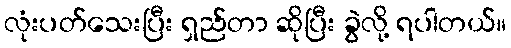
လုံးပတ်သေးပြီး ရှည်တာ ဆိုပြီး ခွဲလို့ ရပါတယ်။